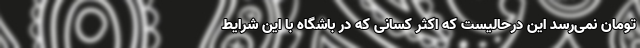
تومان نمی‌رسد این درحالیست که اکثر کسانی که در باشگاه با این شرایط